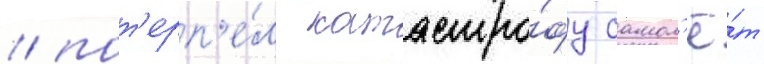
/ пот'ерп'е́л катастро́фу самол'ё́т